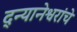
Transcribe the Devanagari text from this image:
द्न्यानेश्वरांचे